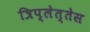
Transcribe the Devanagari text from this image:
त्रिप्लेत्तेस